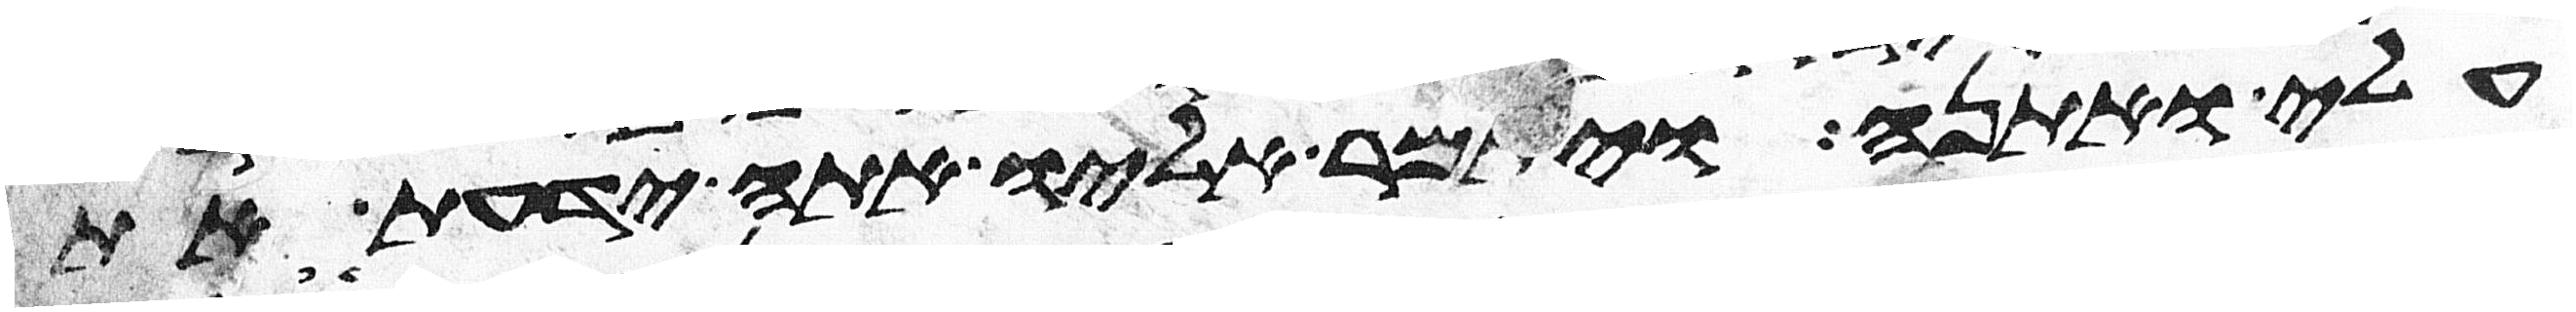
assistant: עלי ואתנה ויאמר אליו אתה ידעת את